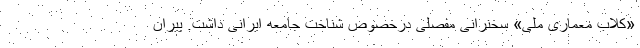
«کلاب معماری ملی» سخنرانی مفصلی درخصوص شناخت جامعه ایرانی داشت. پیران